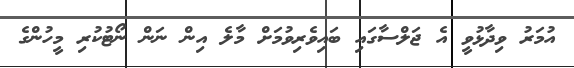
އުމަރު ވިދާޅުވީ އެ ޖަލްސާގައި ބައިވެރިވުމަށް މާލެ އިން ނަން ނޯޓުކުރި މީހުންގެ